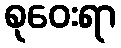
စုဝေးရာ